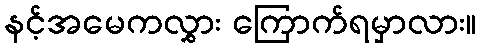
နင့်အမေကလွှား ကြောက်ရမှာလား။